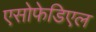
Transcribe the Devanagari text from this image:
एसोफेडिएल